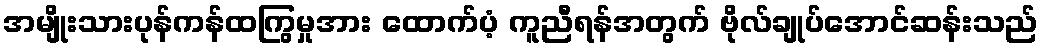
အမျိုးသားပုန်ကန်ထကြွမှုအား ထောက်ပံ့ ကူညီရန်အတွက် ဗိုလ်ချုပ်အောင်ဆန်းသည်